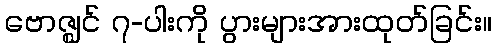
ဗောဇ္ဈင် ၇-ပါးကို ပွားများအားထုတ်ခြင်း။